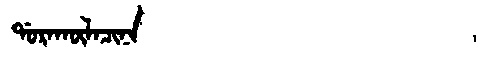
Manchu: ᡩᠣᡵᠠᡴᡡᠯᠠᠴᡳᠨᠠ
Romanization: DORAKŪLACINA